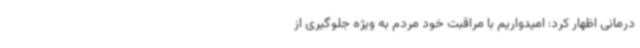
درمانی اظهار کرد: امیدواریم با مراقبت خود مردم به ویژه جلوگیری از